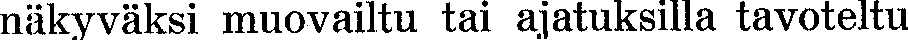
näkyväksi muovailtu tai ajatuksilla tavoteltu